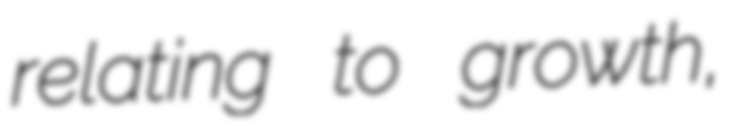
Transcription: relating to growth,